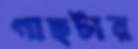
গাছটার